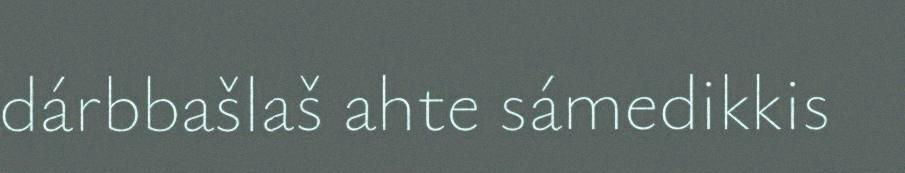
dárbbašlaš ahte sámedikkis